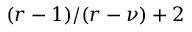
( r - 1 ) / ( r - \nu ) + 2